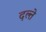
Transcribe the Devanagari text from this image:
दल्ते